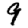
Digit: 9